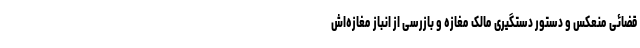
قضائی منعکس و دستور دستگیری مالک مغازه و بازرسی از انباز مغازه‌اش